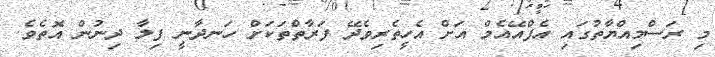
މި ރަސްމިއްޔާތުގައި އެފްއޭއެމް އަށް އެހީތެރިވެދޭ ފަރާތްތަކަށް ހަނދާނީ ފިލާ ދިނުން އޮތެވެ.